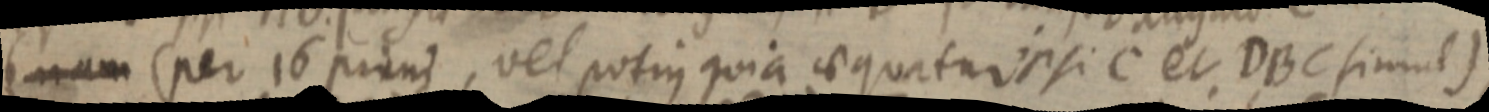
(nam (per 16 prius, vel potius quia aequatur ipsi C et DBC simul)